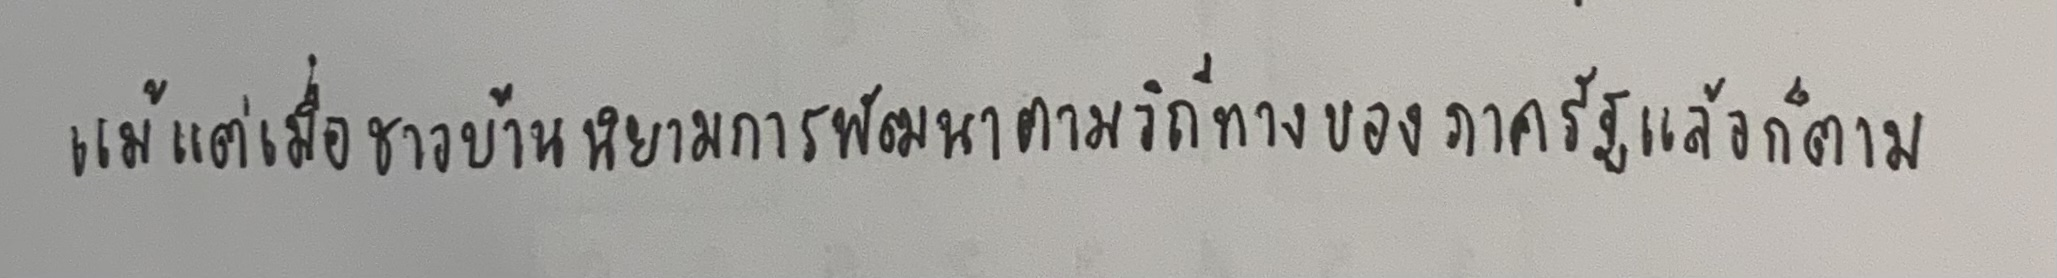
แม้แต่เมื่อชาวบ้านนิยามการพัฒนาตามวิถีทางของภาครัฐแล้วก็ตาม